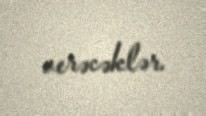
verəcəklər.